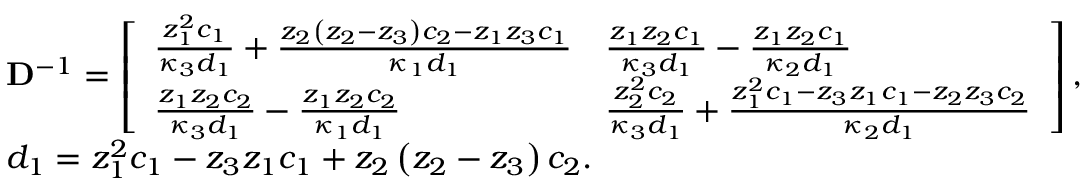
\begin{array} { r l } & { \mathbf { D } ^ { - 1 } = \left[ \begin{array} { l l } { \frac { z _ { 1 } ^ { 2 } c _ { 1 } } { \kappa _ { 3 } d _ { 1 } } + \frac { z _ { 2 } \left( z _ { 2 } - z _ { 3 } \right) c _ { 2 } - z _ { 1 } z _ { 3 } c _ { 1 } } { \kappa _ { 1 } d _ { 1 } } } & { \frac { z _ { 1 } z _ { 2 } c _ { 1 } } { \kappa _ { 3 } d _ { 1 } } - \frac { z _ { 1 } z _ { 2 } c _ { 1 } } { \kappa _ { 2 } d _ { 1 } } } \\ { \frac { z _ { 1 } z _ { 2 } c _ { 2 } } { \kappa _ { 3 } d _ { 1 } } - \frac { z _ { 1 } z _ { 2 } c _ { 2 } } { \kappa _ { 1 } d _ { 1 } } } & { \frac { z _ { 2 } ^ { 2 } c _ { 2 } } { \kappa _ { 3 } d _ { 1 } } + \frac { z _ { 1 } ^ { 2 } c _ { 1 } - z _ { 3 } z _ { 1 } c _ { 1 } - z _ { 2 } z _ { 3 } c _ { 2 } } { \kappa _ { 2 } d _ { 1 } } } \end{array} \right] , } \\ & { d _ { 1 } = z _ { 1 } ^ { 2 } c _ { 1 } - z _ { 3 } z _ { 1 } c _ { 1 } + z _ { 2 } \left( z _ { 2 } - z _ { 3 } \right) c _ { 2 } . } \end{array}